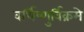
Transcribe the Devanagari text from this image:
वर्धिष्णुर्विक्रमे